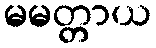
မမတ္တာယ